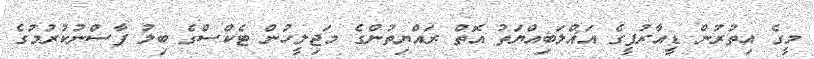
މީގެ އިތުރުން ޑީއާރުޕީގެ އަޣްލަބިއްޔަތު އޮތް ރައްޔިތުންގެ މަޖިލީހުން ޓެކްސްގެ ބިލު ފާސްނުކުރުމުގެ